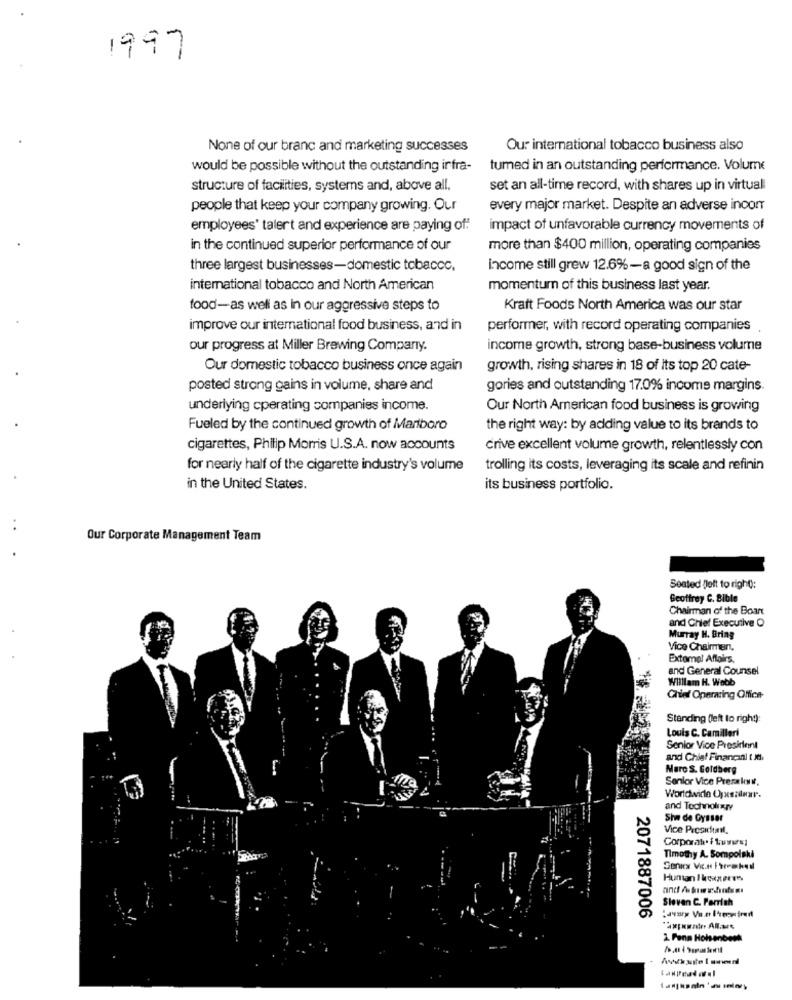
1997
None of our branc and marketing successes
Our international tobacco business also
would be possible without the outstanding infra-
tumed in an outstanding performance. Volume
structure of facilities, systems and, above all.
set an all-time record, with shares up in virtual
people that keep your company growing. Our
every major market. Despite an adverse incor
employees' talert and experience are paying of:
impact of unfavorable currency movements of
in the continued superior performance of our
more than $400 million, operating companies
three largest businesses-domestic tobacco,
income still grew 12.6%-a good sign of the
international tobacco and North American
momentum of this business last year.
food-as well as in our aggressive steps to
Kraft Foods North America was our star
improve our international food business, and in
performer, with record operating companies
our progress at Miller Brewing Company.
income growth, strong base-business volume
Our domestic tobacco business once again
growth, rising shares in 18 of Its top 20 cate-
posted strong gains in volume, share and
gories and outstanding 17.0% income margins.
underlying cperating companies income.
Our North American food business is growing
Fueled by the continued growth of Marlboro
the right way: by adding value to its brands to
cigarettes, Philip Morris U.S.A. now accounts
crive excellent volume growth, relentlessly con
for nearly half of the cigarette industry's volume
trolling its costs, leveraging its scale and refinin
in the United States.
its business portfolio.
Our Corporate Management Team
Seated left to right):
Geoffrey C. Bible
Chairman of the Boart
and Chief Executive O
Murray H. Bring
Vice Chairman.
Extamal Affairs.
and General Counsel
William H. Webb
Chief Operating Office
Standing (left to right):
Louis C. Camilleri
Senior Vice President
and Chief Financial t M.
Marc S. Goldberg
Senior Vice Presxkss.
Worldwide Opxes:dear.
and Technolixry
She de Gysser
Vice Presidınıl.
Corporate / tumursi
Timothy A. Sompolski
Human Ikexzeem
Sloven C. Parrish
2071887006
1. Fena Holenbesk